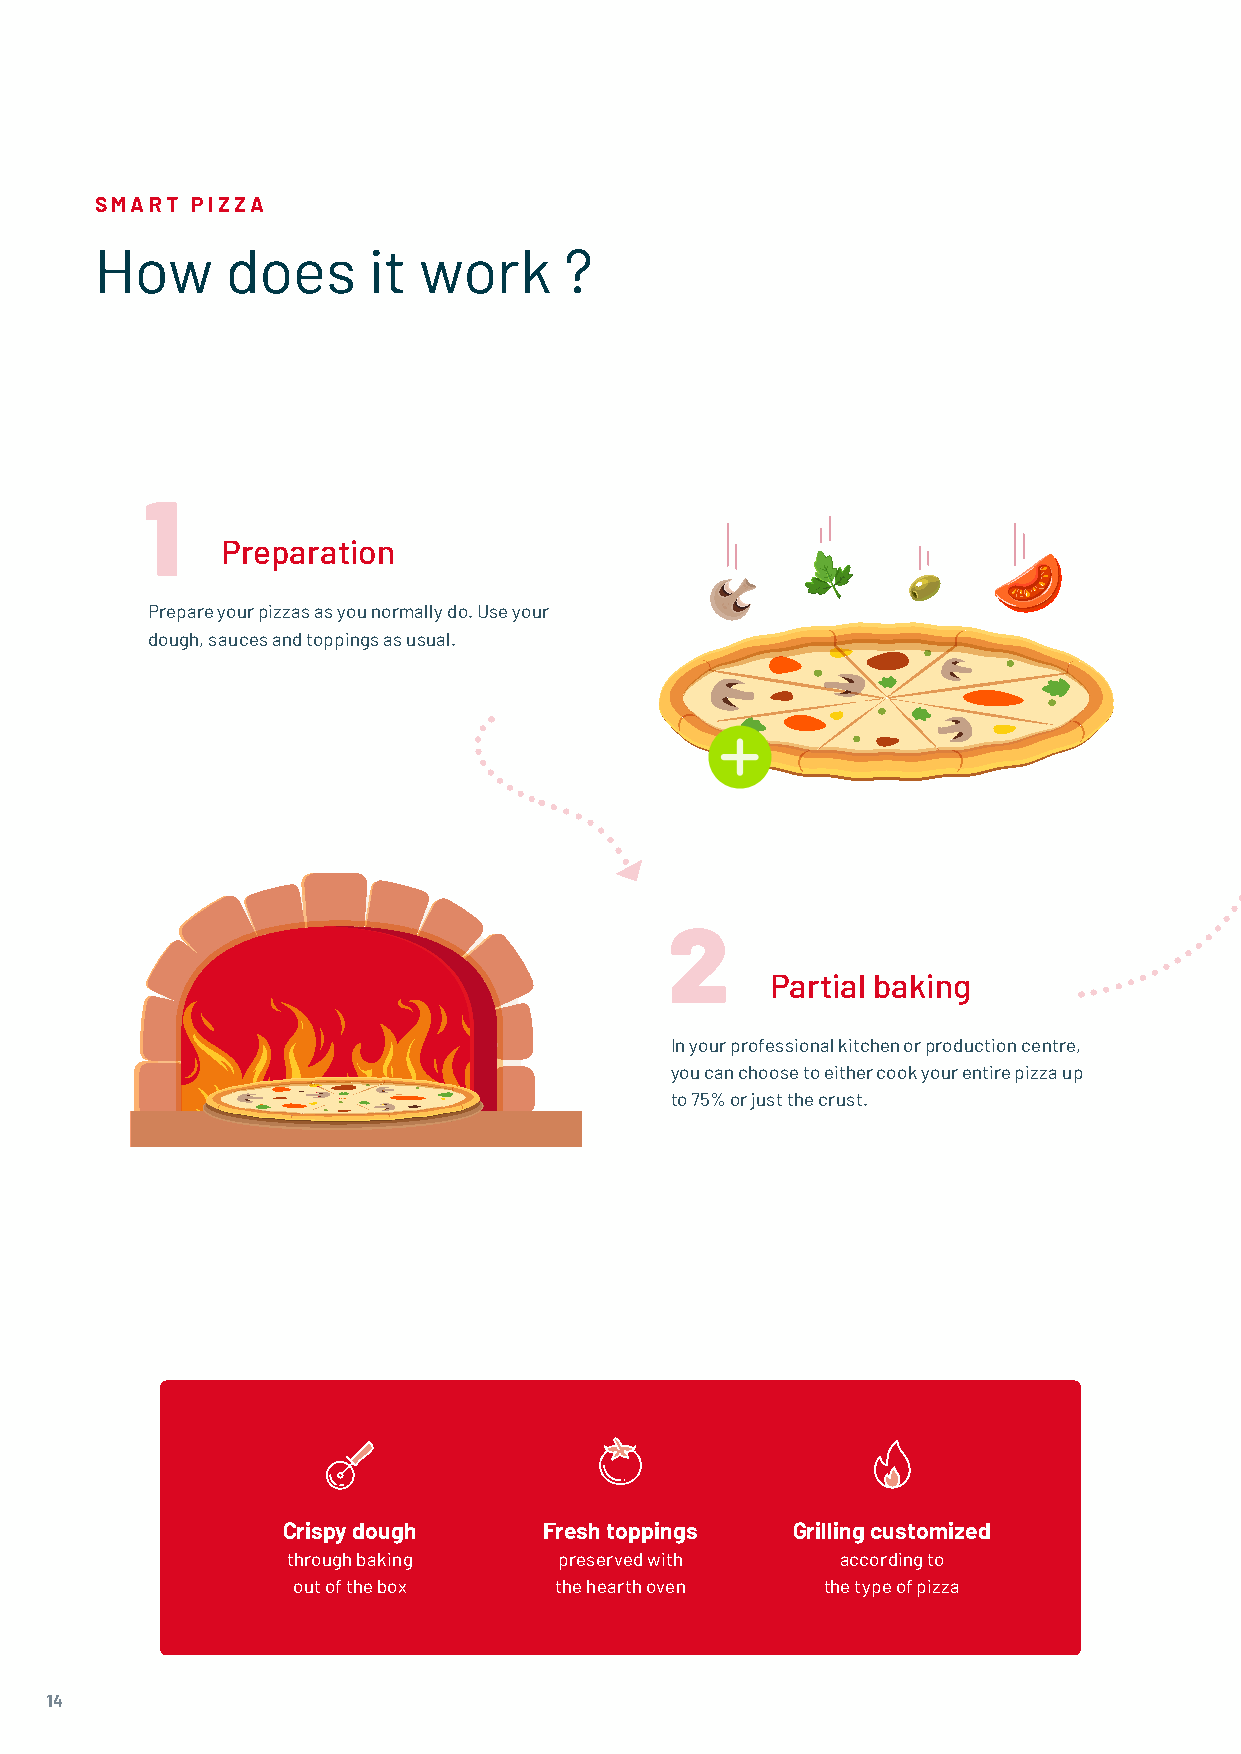
SMART  PIZZA
 How      does     it  work     ?
 1
 Preparation
 Prepare your pizzas as you normally do. Use your
 dough, sauces and toppings as usual.
 2
 Partial baking
 In your professional kitchen or production centre,
 you can choose to either cook your entire pizza up
 to 75% or just the crust.
 Crispy dough     Fresh toppings  Grilling customized
 through baking    preserved with     according to
 out of the box    the hearth oven   the type of pizza
 14